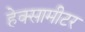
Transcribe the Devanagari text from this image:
हेक्सामीटर